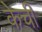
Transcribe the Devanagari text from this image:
केची